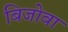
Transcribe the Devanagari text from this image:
बिजोवा